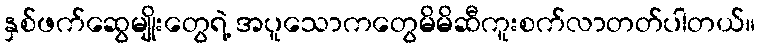
နှစ်ဖက်ဆွေမျိုးတွေရဲ့ အပူသောကတွေမိမိဆီကူးစက်လာတတ်ပါတယ်။